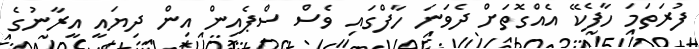
ފުރަތަމަ ހާފެކޭ އެއްގޮތަށް ދެވަނަ ހާފްގައި ވެސް ސްޕެއިން އިން ދިޔައީ އީރާނުގެ